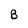
Character: B